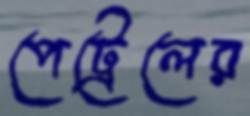
পেট্রেলের